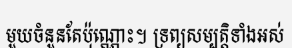
មួយចំនួនតែប៉ុណ្ណោះ។ ទ្រព្យសម្បត្តិទាំងអស់